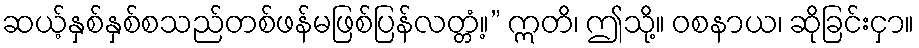
ဆယ့်နှစ်နှစ်စသည်တစ်ဖန်မဖြစ်ပြန်လတ္တံ့။” ဣတိ၊ ဤသို့။ ဝစနာယ၊ ဆိုခြင်းငှာ။